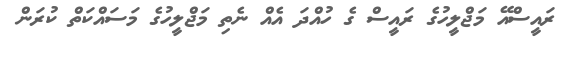
ރައީސްއޭ މަޖްލީހުގެ ރައީސް ގެ ހުއްދަ އެއް ނެތި މަޖްލީހުގެ މަސައްކަތް ކުރަން